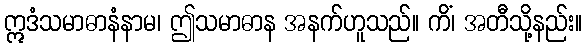
ဣဒံသမာဓာနံနာမ၊ ဤသမာဓာန အနက်ဟူသည်။ ကိံ၊ အတီသို့နည်း။